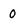
Character: O